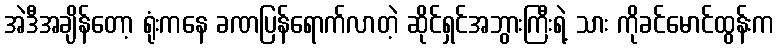
အဲဒီအချိန်တော့ ရုံးကနေ ခဏပြန်ရောက်လာတဲ့ ဆိုင်ရှင်အဘွားကြီးရဲ့ သား ကိုခင်မောင်ထွန်းက